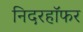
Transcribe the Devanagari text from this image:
निदरहॉफर